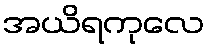
အယိရကုလေ